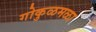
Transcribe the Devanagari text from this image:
गोकुळमळा